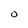
Character: o